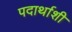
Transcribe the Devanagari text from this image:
पदार्थाशी